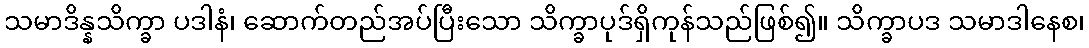
သမာဒိန္နသိက္ခာ ပဒါနံ၊ ဆောက်တည်အပ်ပြီးသော သိက္ခာပုဒ်ရှိကုန်သည်ဖြစ်၍။ သိက္ခာပဒ သမာဒါနေစ၊